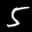
Label: 5